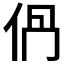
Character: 𠈥